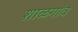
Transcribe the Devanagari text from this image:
शाळगांव